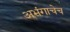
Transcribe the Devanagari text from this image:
अभंगाचेच